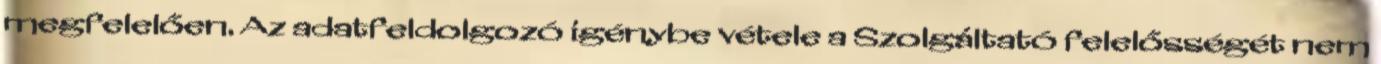
megfelelően. Az adatfeldolgozó igénybe vétele a Szolgáltató felelősségét nem